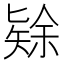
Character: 𱑅